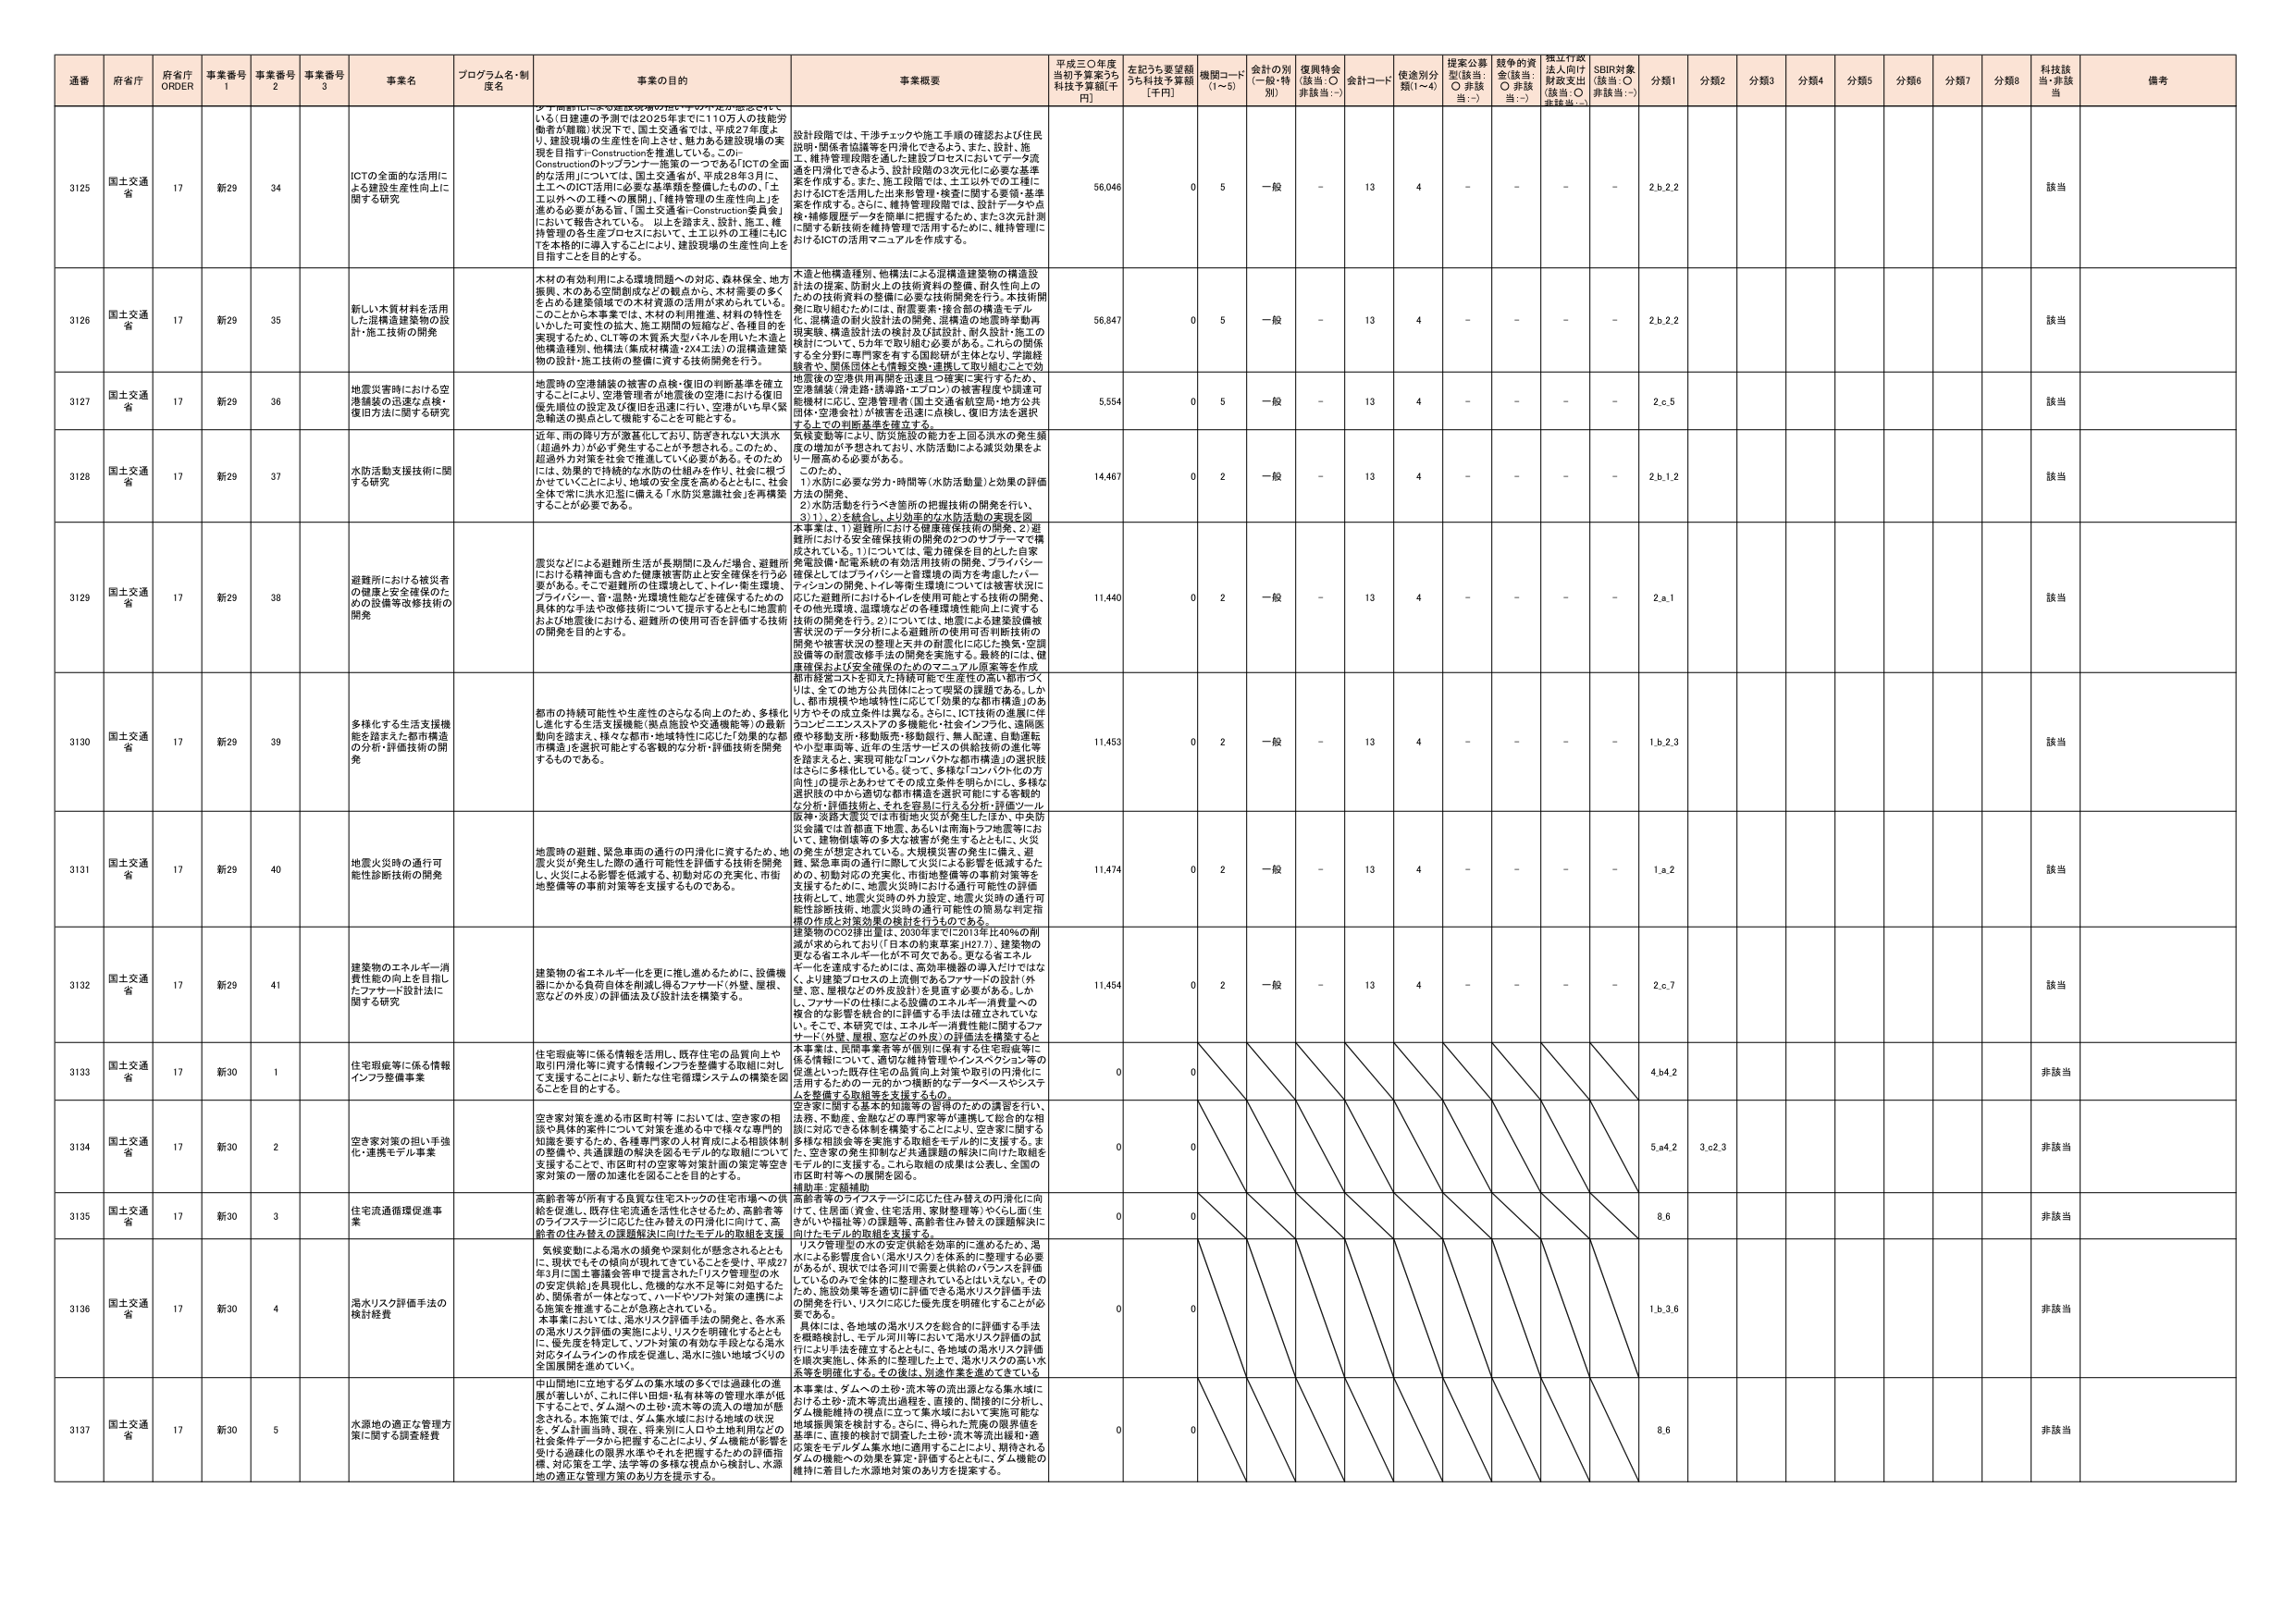
通番 府省庁 府省庁 ORDER 事業番号 1 事業番号 2 事業番号 3 事業名 プログラム名・制度名 事業の目的 事業概要 平成三〇年度当初予算案うち 科技予算額[千円] 左記うち要望額うち科技予算額[千円] 機関コード (1～5) 会計の別 (一般・特別) 復興特会 (該当: ○ 非該当: -) 会計コード 使途別分類(1～4) 提案公募型(該当: ○ 非該当: -) 越年の資金(該当: ○ 非該当: -) 採択行政法人向け財政支出(該当: ○ 非該当: -) SBIR対象(該当: ○ 非該当: -) 分類1 分類2 分類3 分類4 分類5 分類6 分類7 分類8 科技該当・非該当 備考

3125 国土交通省 17 新29 34 ICTの全面的な活用による建設生産性向上に関する研究 デジタル技術による建設現場のIT化・デジタル化が進展している。日本建築の予算では2026年までに110万人の技術労働者が慢性的に不足する。国土交通省は、平成28年度より、建設現場の生産性を向上させ、魅力ある建設現場の実現を目指す「Construction」を推進している。この「Constructionのトップランナー施策の一つであるICTの全面的な活用」については、国土交通省が、平成28年6月に、土木へのICT活用に必要な基準類を整備したもので、「土工以外への工種への展開」、「維持管理の生産性向上」を進める必要がある旨、「国土交通省・Construction委員会」において報告されている。以上を踏まえ、設計、施工、維持管理の各生産プロセスにおいて、土工以外の工種にもICTを本格的に導入することにより、建設現場の生産性向上を目指すことを目的とする。 設計段階では、干渉チェックや施工手順の確認および住民説明・関係者協議等を円滑にしてきよう。また、設計・施工・維持管理段階を通した建設プロセスにおいてデータ流通を円滑化できるよう、設計段階の3次元化に必要な基準案を作成する。また、施工段階では、土工以外での工種におけるICTを活用した出来形管理・検査に関する要領・基準案を作成する。さらに、維持管理段階では、設計データや点検・補修履歴データを簡単に把握するために、また3次元計測に関する新技術を維持管理で活用するために、維持管理におけるICTの活用マニュアルを作成する。 56,046 0 5 一般 - 13 4 - - - - 2.b.2.2 該当

3126 国土交通省 17 新29 35 新しい木質材料を活用した混構造建築物の設計・施工技術の開発 木材の有効利用による環境問題への対応、森林保全、地方振興、木のある空間創成などの観点から、木材需要の多くを占める建築領域での木材資源の活用が求められている。このことから本事業では、木材の利用推進、材料の特性をいかした可変性の拡大、施工期間の短縮など、各種目的を実現するため、CLT等の木質系大型パネルを用いた木造と他構造種別、他構法（集成材構造・2×4工法）の混構造建築物の設計・施工技術の整備に資する技術開発を行う。 木造と他構造種別、他構法による混構造建築物の構造設計法の提案、防耐火との技術資料の整備、耐久性向上のための技術資料の整備に必要な技術開発を行う。本技術開発に取り組むためには、耐震要素・接合部の構造モデル化、混構造の耐火設計法の開発、混構造の地震時挙動再現実験、構造設計法の検討及び試設計、耐火設計・施工の検討について、5年で取り組む必要がある。これらの関係する全分野に専門家を有する国総研が主体となり、学識経験者や、関係団体とと情報交換・連携して取り組むことで効果的に進める。 56,847 0 5 一般 - 13 4 - - - - 2.b.2.2 該当

3127 国土交通省 17 新29 36 地震災害時における空港機器の迅速な点検・復旧方法に関する研究 地震時の空港機器の被害の点検・復旧の判断基準を確立することにより、空港管理者が地震後の空港における復旧優先順位の設定及び復旧を迅速に行い、空港がいち早く緊急輸送の拠点として機能することを可能とする。 地震後の空港使用再開を迅速且つ確実に実行するため、空港機器（滑走路・誘導路・エプロン）の被害程度や調達可能機材に応じ、空港管理者（国土交通省航空局・地方公共団体・空港法人）が被害を迅速に点検し、復旧方法を選択する上での判断基準を確立する。 5,554 0 5 一般 - 13 4 - - - - 2.c.5 該当

3128 国土交通省 17 新29 37 水防活動支援技術に関する研究 近年、雨の降り方が激甚化しており、防ぎきれない大洪水（超過外力）が必ず発生することが予想される。このため、超過外力対策を社会で推進していく必要がある。そのためには、効果的で持続的な水防の仕組みを作り、社会に根づかせていいくことにより、地域の安全度を高めるとともに、社会全体で常に洪水氾濫に備える「水防災意識社会」を再構築することが必要である。 気候変動等により、防災施設の能力を上回る洪水の発生頻度の増加が予想されており、水防活動による減災効果をより一層高める必要がある。 このため、 1）水防に必要な労力・時間等（水防活動量）と効果の評価方法の開発。 2）水防活動を行うべき箇所の把握技術の開発を行い、 3）1）、2）を統合し、より効率的な水防活動の実現を図る。 14,467 0 2 一般 - 13 4 - - - - 2.b.1.2 該当

3129 国土交通省 17 新29 38 避難所における被災者の健康と安全確保のための設備等改修技術の開発 震災などによる避難所生活が長期間に及んだ場合、避難所における精神面も含めた健康被害防止と安全確保を行う必要がある。そこで避難所の住環境として、トイレ・衛生環境、プライバシー、音・温熱・光環境性能などを確保するための具体的な手法や改修技術について提示するとともに地震前および地震後における、避難所の使用可否を評価する技術の開発を目的とする。 本事業は、1）避難所における健康確保技術の開発、2）避難所における安全確保技術の開発の2つのサブテーマで構成されている。1）については、電力確保を目的とした自家発電設備・配電系統の有効活用技術の開発、プライバシー確保としてはプライバシーと音環境の両方を考慮したパーティションの開発、トイレ等衛生環境については被害状況に応じた避難所におけるトイレを使用可能とする技術の開発、その他光環境、温環境などの各種環境性能向上に資する技術の開発を行う。2）については、地震による建築設備被害状況のデータ分析による避難所の使用可否判定技術の開発や被害状況の整理と天井の耐震化に応じた換気・空調設備等の耐震改修手法の開発を実施する。最終的には、健康確保および安全確保のためのマニュアル原案等を作成、都市経営マスタを用いた持続可能な生産性の高い都市づくりは、全ての地方公共団体にとって喫緊の課題である。しかし、都市規模や地域特性に応じて「効果的な都市構造」のあり方やその成立条件は異なる。さらに、ICT技術の進展に伴うコンビニエンスストアの多機能化・社会インフラ化、通勤医療や移動生活・移動医療・移動銀行、無人配送、自動運転や小型車両等、近年の生活サービスの供給技術の進化等を踏まえると、実現可能な「コンパクトな都市構造」の選択肢はさらに多様化している。従って、多様な「コンパクト化の方向性」の提示とあわせてその成立条件を明らかにし、多様な選択肢の中から適切な都市構造を選択可能にする客観的な分析・評価技術、それを容易に行える分析・評価ツール 11,440 0 2 一般 - 13 4 - - - - 2.a.1 該当

3130 国土交通省 17 新29 39 多様化する生活支援機能を踏まえた都市構造の分析・評価技術の開発 都市の持続可能性や生産性のさらなる向上のため、多様化し進化する生活支援機能（拠点施設や交通機能等）の最新動向を踏まえ、様々な都市・地域特性に応じた効果的な都市構造」を選択可能とする客観的な分析・評価技術を開発するものである。 11,453 0 2 一般 - 13 4 - - - - 1.b.2.3 該当

3131 国土交通省 17 新29 40 地震火災時の通行可能性診断技術の開発 地震時の避難、緊急車両の通行の円滑化に資するため、地震火災が発生した際の通行可能性を評価する技術を開発し、火災による影響を低減する。初期対応の充実化、市街地整備等の事前対策等を支援するものである。 阪神・淡路大震災では市街地火災が発生したほか、中英防災会議では首都圏下地質、あるいは南海トラフ地震等において、建物倒壊等の多大な被害が発生するとともに、火災の発生が想定されている。大規模災害の発生に備え、避難、緊急車両の通行に際して火災による影響を低減するための、初期対応の充実化、市街地整備等の事前対策等を支援するため、地震火災時における通行可能性の評価技術として、地震火災時の外力設定、地震火災時の通行可能性診断技術、地震火災時の通行可能性の簡易な判定指標の作成と対策効果の検討を行うものである。 11,474 0 2 一般 - 13 4 - - - - 1.a.2 該当

3132 国土交通省 17 新29 41 建築物のエネルギー消費性能の向上を目指したファサード設計法に関する研究 建築物の省エネルギー化を更に推し進めるために、設備機器にかかる負荷自体を削減し得るファサード（外壁、屋根、窓などの外皮）の評価法及び設計法を構築する。 建築物のCO2排出量は、2030年までに2013年比40％の削減が求められており（日本の将来政策目標27.7）、建築物の更なる省エネルギー化が不可欠である。更なる省エネルギー化を達成するためには、高効率機器の導入だけではなく、より建築プロセスの上流側であるファサードの設計（外壁、窓、屋根などの外皮設計）を見直す必要がある。しかし、ファサードの仕様による設備のエネルギー消費量への複合的な影響を統合的に評価する手法は確立されていない。そこで、本研究では、エネルギー消費性能に関するファサード（外壁、屋根、窓などの外皮）の評価法を構築すると 11,454 0 2 一般 - 13 4 - - - - 2.c.7 該当

3133 国土交通省 17 新30 1 住宅瑕疵等に係る情報インフラ整備事業 住宅瑕疵等に係る情報を活用し、既存住宅の品質向上や取引円滑化等に資する情報インフラを整備する取組に対し、支援することにより、新たな住宅循環システムの構築を図ることを目的とする。 本事業は、民間事業者等が個別に保有する住宅瑕疵等に係る情報について、適切な維持管理やインスペクション等の促進といった既存住宅の品質向上対策や取引の円滑化に活用するための一つのつながりの的断的なデータベースやシステムを整備する取組等を支援するもの。 0 0 4.b4.2 非該当

3134 国土交通省 17 新30 2 空き家対策の担い手強化・連携モデル事業 空き家対策を進める市区町村等においては、空き家の相談や具体的案件について対策を進める中で様々な専門的知識を要するため、各種専門家の人材育成による相談体制の整備や、共通課題の解決を図るモデル的な取組について支援することで、市区町村の空き家等対策の推進や策定等空き家対策の一層の加速化を図ることを目的とする。 空き家に関する基本的知識等の習得のための講習を行い、法務、不動産、金融などの専門家等が連携して総合的な相談に対応できる体制を構築することにより、空き家に関する多様な相談会等を実施する取組をモデル的に支援する。また、空き家の発生抑制など共通課題の解決に向けた取組をモデル的に支援する。これら取組の成果は公表し、全国の市区町村等への展開を図る。 0 0 5.a4.2 3.c2.3 非該当

3135 国土交通省 17 新30 3 住宅流通循環促進事業 高齢者等が所有する良質な住宅ストックの住宅市場への供給を促進し、既存住宅流通を活性化させるため、高齢者等のライフステージに応じた住み替えの円滑化に向けて、高齢者等の住み替えの課題解決に向けたモデル的取組を支援。 高齢者等のライフステージに応じた住み替えの円滑化に向けて、住居面（資金、住宅活用、家財整理等）や心（面・生きがいや福祉等）の課題等、高齢者住み替えの課題解決に向けたモデル的取組を支援する。 0 0 8.6 非該当

3136 国土交通省 17 新30 4 湛水リスク評価手法の検討経費 気候変動による渇水の頻発や深刻化が懸念されることに、現状でもその傾向が現れてきていることを受け、平成27年3月に国土審議会答申で提言された「リスク管理型の水の安定供給」を具現化し、危機的な水不足等に対処するため、関係者が一体となって、ハードやソフト対策の連携による施策を推進することが急務とされている。本事業においては、湛水リスク評価手法の開発と、各水系の湛水リスク評価の実施により、リスクを明確化するとともに、優先度を特定して、ソフト対策の有効な手段となる湛水対応ガイドラインの作成を促進し、湛水に強い地域づくりの全国展開を進めていく。 リスク管理型の水の安定供給を効率的に進めるため、湛水による影響度合い（湛水リスク）を体系的に整理する必要があるが、現状では各河川で水を供給のバランスを評価しているのみで全体的に整理されているとはいえない。そのため、施設効果等を適切に評価できる湛水リスク評価手法の開発を行い、リスクに応じた優先度を明確化することが必要である。 具体には、各地域の湛水リスクを総合的に評価する手法を都路検討し、モデル河川等において湛水リスク評価の試行により手法を確立するとともに、各地域の湛水リスク評価を順次実施し、体系的に整理した上で、湛水リスクの高い水系等を明確化する。その後は、別途作業を進めてきている。 0 0 1.b.3.6 非該当

3137 国土交通省 17 新30 5 水源地の適正な管理方策に関する調査経費 中山間地に立地するダムの集水域の多くでは過疎化の進展が著しいが、これに伴い田畑・私有林等の管理水準が低下することで、ダム湖への土砂・流木等の流入の増加が懸念される。本施策では、ダム集水域における地域の状況を、ダム計画当時、現在、将来別に人口や土地利用などの社会条件データから把握することにより、ダム機能が影響を受ける過疎化の限界水準やそれを把握するための評価指標、対応策の工学、法学等の多様な視点から検討し、水源地の適正な管理方策のあり方を提示する。 本事業は、ダムへの土砂・流木等の流出量となる集水域における土砂・流木等流出過程を、直接的、間接的に分別し、ダム機能維持の視点に立って集水域において実施可能な地域振興策を検討する。さらに、得られた荒廃の限界値を基準に、直接的検討で調査した土砂・流木等流出量和・適応策をモデルダム集水域に適用することにより、期待されるダムの機能への効果を推定・評価するとともに、ダム機能の維持に着目した水源地対策のあり方を提案する。 0 0 8.6 非該当